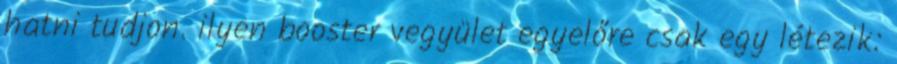
hatni tudjon. ilyen booster vegyület egyelőre csak egy létezik: